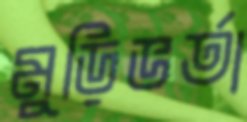
মুড়িভর্তা